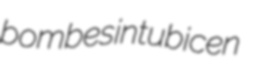
bombesin tubicen